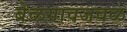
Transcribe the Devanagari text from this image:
बेळगावजवळ